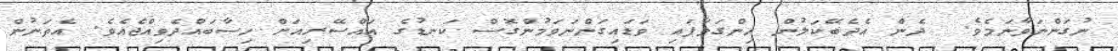
ނުގަންނަވާނަމެވެ.  ދެން އެދެބޭކަލުން ހިންގަވާފައި ވަޑައިގަންނަވަމުންގޮސް ކަނޑުގެ އައްސޭރިއަށް ހިސާބައްދެވިއްޖެއެވެ. އެތަނުން